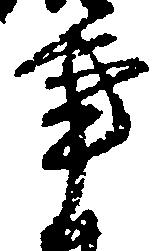
事